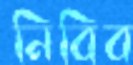
নিবিব